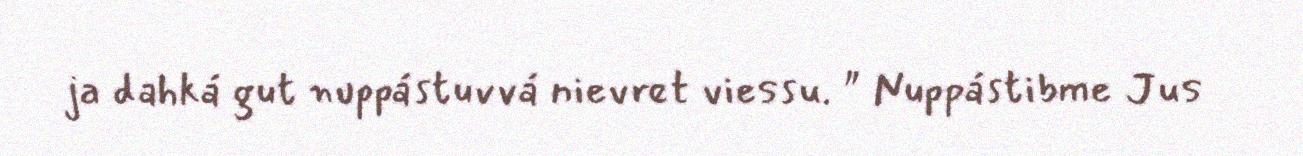
ja dahká gut nuppástuvvá nievret viessu. " Nuppástibme Jus